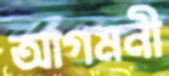
আগমনী